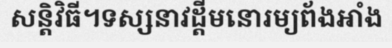
សន្តិវិធី។ទស្សនាវដ្តីមនោរម្យព័ងអាំង